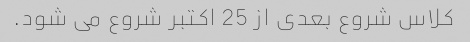
کلاس شروع بعدی از 25 اکتبر شروع می شود.